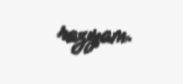
razıyam.